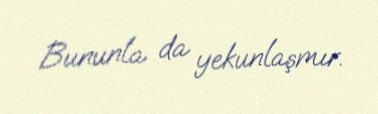
Bununla da yekunlaşmır.